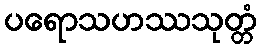
ပရောသဟဿသုတ္တံ